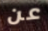
عن